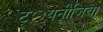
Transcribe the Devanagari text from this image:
ट््यनूीजिया